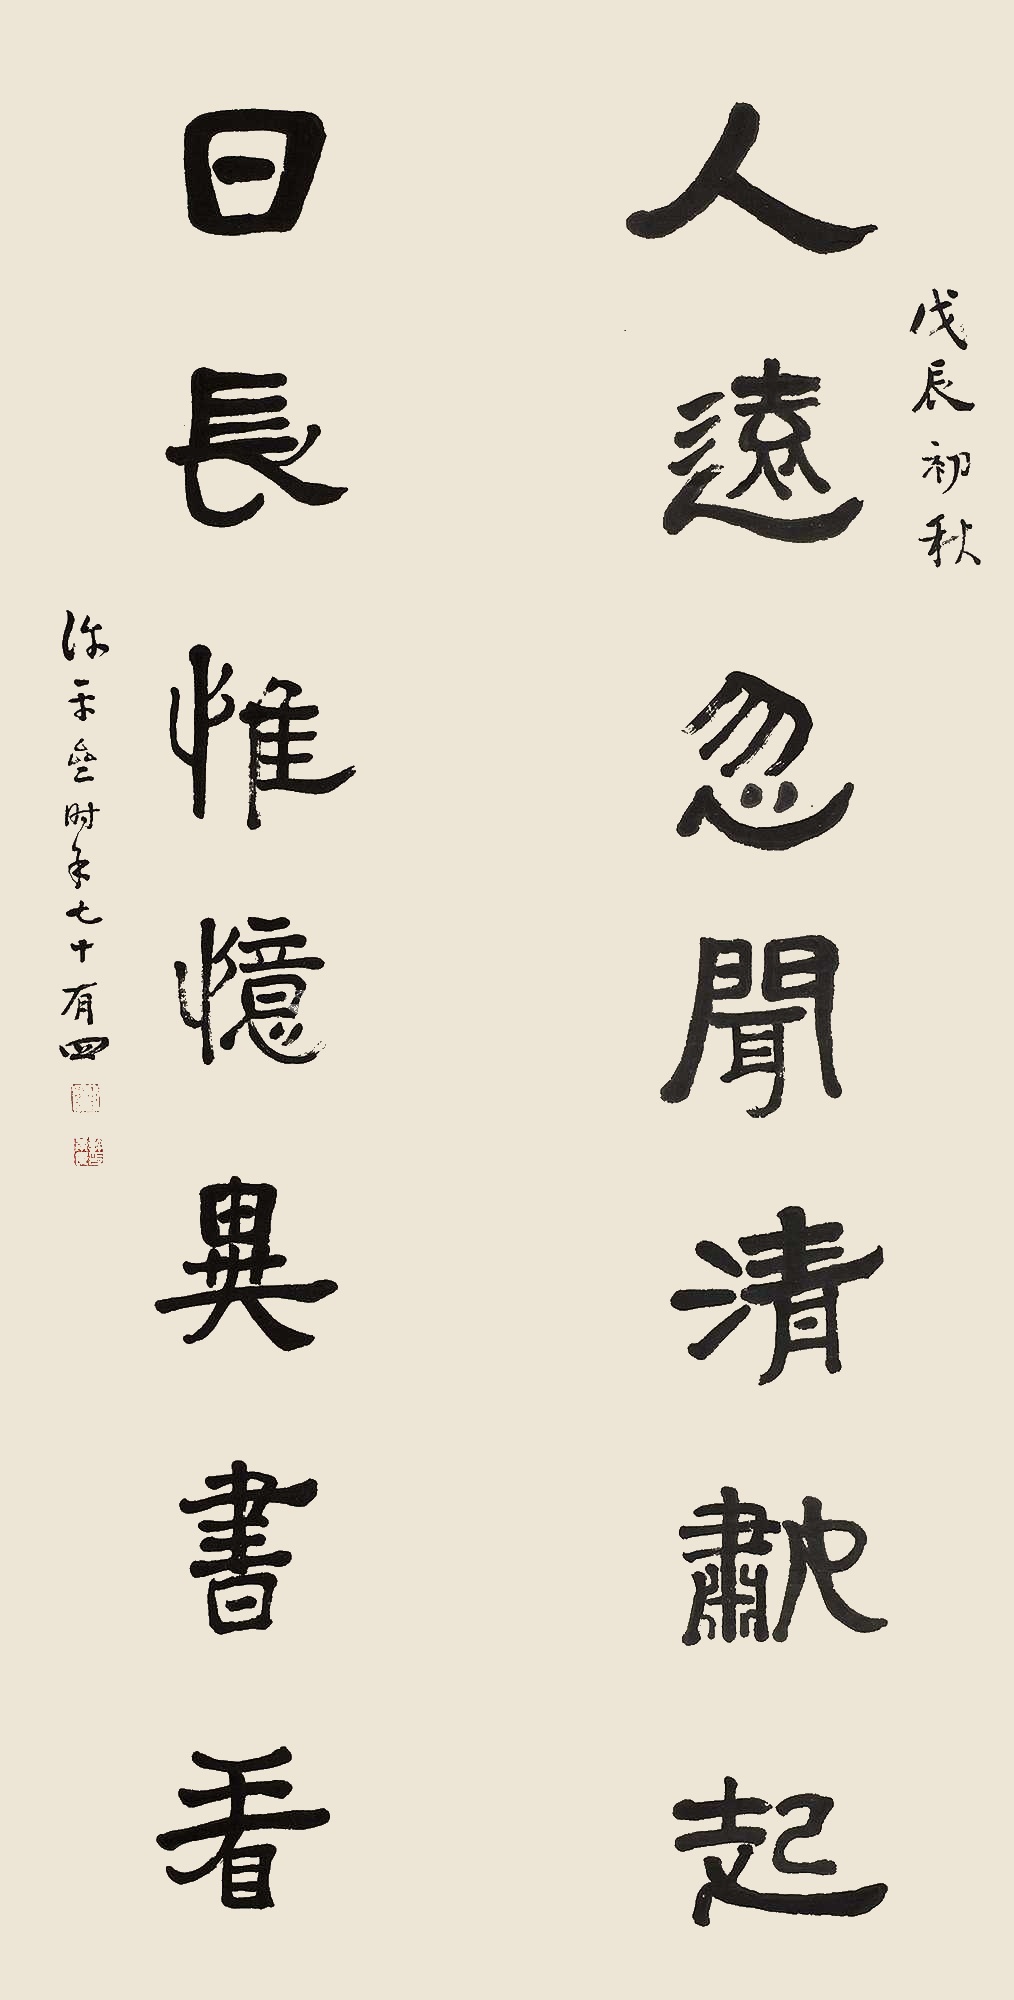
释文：人远忽闻清籁起，日长惟忆异书看。戊辰初秋，许平斋时年七十有四。